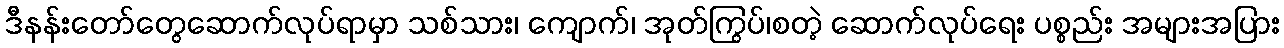
ဒီနန်းတော်တွေဆောက်လုပ်ရာမှာ သစ်သား၊ ကျောက်၊ အုတ်ကြွပ်၊စတဲ့ ဆောက်လုပ်ရေး ပစ္စည်း အများအပြား